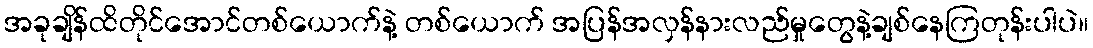
အခုချိန်ထိတိုင်အောင်တစ်ယောက်နဲ့ တစ်ယောက် အပြန်အလှန်နားလည်မှုတွေနဲ့ချစ်နေကြတုန်းပါပဲ။